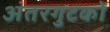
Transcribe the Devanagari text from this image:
अंतरगुटकों